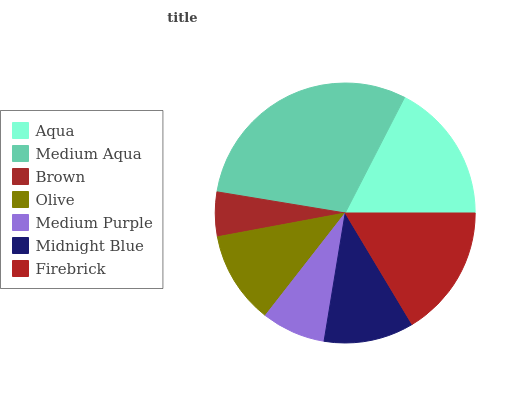
| Aqua | Medium Aqua | Brown | Olive | Medium Purple | Midnight Blue | Firebrick |
 | --- | --- | --- | --- | --- | --- | --- |
 | 17.5% | 29.9% | 5.52% | 11.5% | 7.94% | 11.2% | 16.4% |